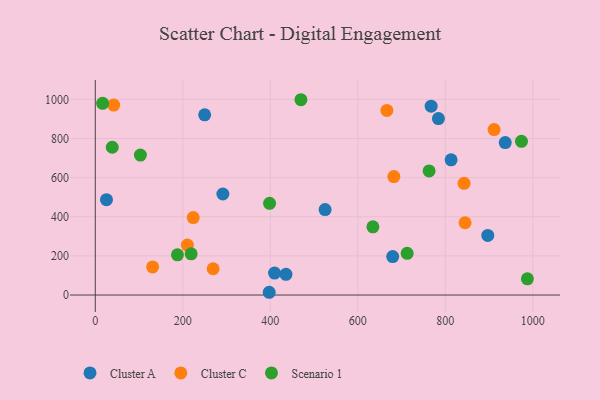
{"axis": {"x": "Investment", "y": "Demand"}, "legend": ["Cluster A", "Cluster C", "Scenario 1"], "data": [{"x": "897.0", "y": 304.6, "type": "Cluster A"}, {"x": "25.6", "y": 487.2, "type": "Cluster A"}, {"x": "525.2", "y": 436.6, "type": "Cluster A"}, {"x": "679.7", "y": 196.5, "type": "Cluster A"}, {"x": "397.5", "y": 14.1, "type": "Cluster A"}, {"x": "784.2", "y": 901.8, "type": "Cluster A"}, {"x": "291.6", "y": 516.4, "type": "Cluster A"}, {"x": "767.6", "y": 965.4, "type": "Cluster A"}, {"x": "813.2", "y": 691.2, "type": "Cluster A"}, {"x": "250.0", "y": 920.8, "type": "Cluster A"}, {"x": "936.9", "y": 779.3, "type": "Cluster A"}, {"x": "435.8", "y": 105.7, "type": "Cluster A"}, {"x": "409.7", "y": 112.0, "type": "Cluster A"}, {"x": "269.3", "y": 134.3, "type": "Cluster C"}, {"x": "845.1", "y": 369.4, "type": "Cluster C"}, {"x": "666.4", "y": 943.6, "type": "Cluster C"}, {"x": "842.8", "y": 570.9, "type": "Cluster C"}, {"x": "223.8", "y": 395.7, "type": "Cluster C"}, {"x": "911.4", "y": 845.7, "type": "Cluster C"}, {"x": "210.5", "y": 255.2, "type": "Cluster C"}, {"x": "42.1", "y": 971.1, "type": "Cluster C"}, {"x": "131.1", "y": 143.9, "type": "Cluster C"}, {"x": "682.3", "y": 605.6, "type": "Cluster C"}, {"x": "16.8", "y": 979.8, "type": "Scenario 1"}, {"x": "219.1", "y": 210.8, "type": "Scenario 1"}, {"x": "398.3", "y": 468.7, "type": "Scenario 1"}, {"x": "634.5", "y": 348.5, "type": "Scenario 1"}, {"x": "712.8", "y": 213.1, "type": "Scenario 1"}, {"x": "974.0", "y": 785.4, "type": "Scenario 1"}, {"x": "103.1", "y": 715.3, "type": "Scenario 1"}, {"x": "987.5", "y": 82.7, "type": "Scenario 1"}, {"x": "470.0", "y": 998.2, "type": "Scenario 1"}, {"x": "38.8", "y": 755.3, "type": "Scenario 1"}, {"x": "762.9", "y": 634.3, "type": "Scenario 1"}, {"x": "187.8", "y": 205.3, "type": "Scenario 1"}]}